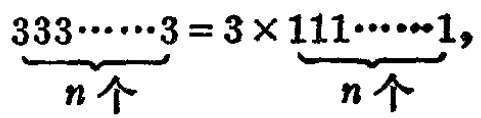
$\underbrace{333\cdots\cdots3}_{n个}=3\times\underbrace{111\cdots\cdots1}_{n个}$